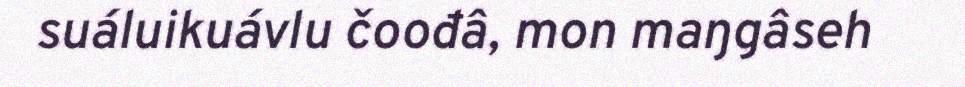
suáluikuávlu čoođâ, mon maŋgâseh